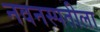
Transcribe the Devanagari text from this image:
नवनस्पतीला